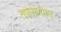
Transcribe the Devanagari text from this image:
तपासण्यास